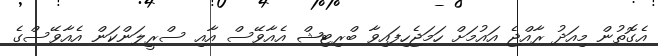
އެގޮތުން މިއަދު ރާއްޖެ އައުމަށް ހަމަޖެހިފައިވާ ބްރިޓިޝް އެއާވޭސް އާއި ސްރީލަންކަން އެއާވޭސްގެ